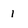
Character: 1